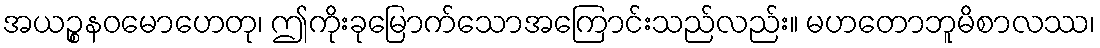
အယဉ္စနဝမောဟေတု၊ ဤကိုးခုမြောက်သောအကြောင်းသည်လည်း။ မဟတောဘူမိစာလဿ၊